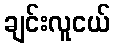
ချင်းလူငယ်